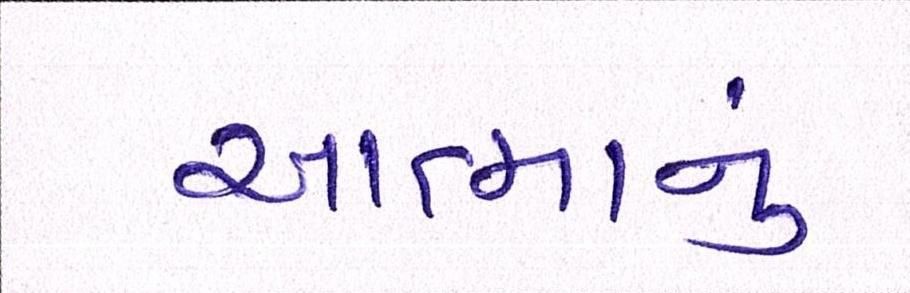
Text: આત્માનું